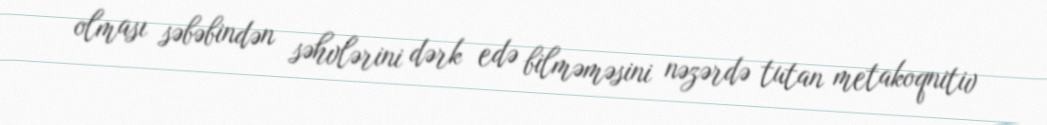
olması səbəbindən səhvlərini dərk edə bilməməsini nəzərdə tutan metakoqnitiv